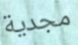
مجدية